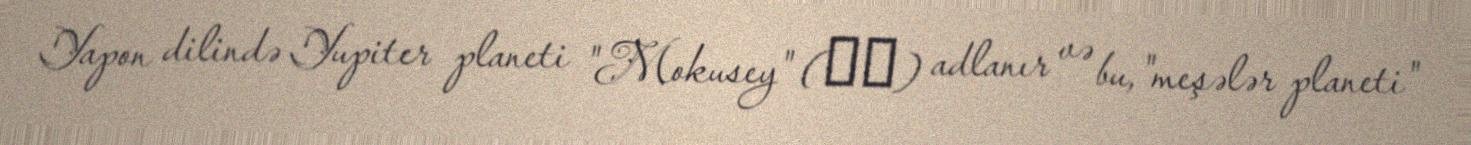
Yapon dilində Yupiter planeti "Mokusey" (木星) adlanır və bu, "meşələr planeti"